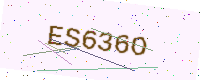
Text: ES636O